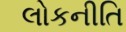
લોકનીતિ